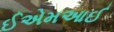
ઈએમઆઈ